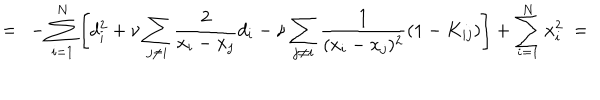
LaTeX: = \ - \sum _ { i = 1 } ^ { N } \left[ d _ { i } ^ { 2 } + \nu \sum _ { j \neq i } \frac 2 { x _ { i } - x _ { j } } d _ { i } - \nu \sum _ { j \neq i } \frac 1 { ( x _ { i } - x _ { j } ) ^ { 2 } } ( 1 - K _ { i j } ) \right] + \sum _ { i = 1 } ^ { N } x _ { i } ^ { 2 } \ =